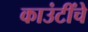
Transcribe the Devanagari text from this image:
काउंटींचे